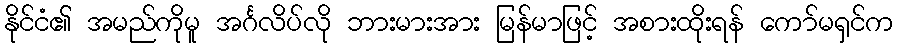
နိုင်ငံ၏ အမည်ကိုမူ အင်္ဂလိပ်လို ဘားမားအား မြန်မာဖြင့် အစားထိုးရန် ကော်မရှင်က